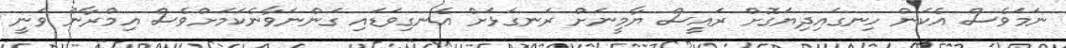
ނަމަވެސް އެކަން ހިނގައިދިޔަގޮށް ރައީސް ޔާމީނަށް ރަނގަޅަށް އެނގިވަޑައި ގަންނަވާނެކަމަށްވެސް އިމްރާން ވަނީ